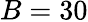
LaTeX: B=30